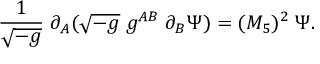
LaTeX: { \frac { 1 } { \sqrt { - g } } } \; \partial _ { A } ( \sqrt { - g } \; g ^ { A B } \; \partial _ { B } \Psi ) = ( M _ { 5 } ) ^ { 2 } \; \Psi .